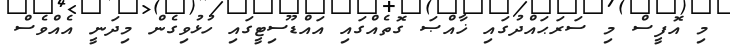
މި އޮފީސް މި ސަރަޙައްދުގައި ޚާއްޞަ ގޮތެއްގައި އައްޑޫސިޓީގައި ހުޅުވިގެން މިދަނީ އެއްވެސް